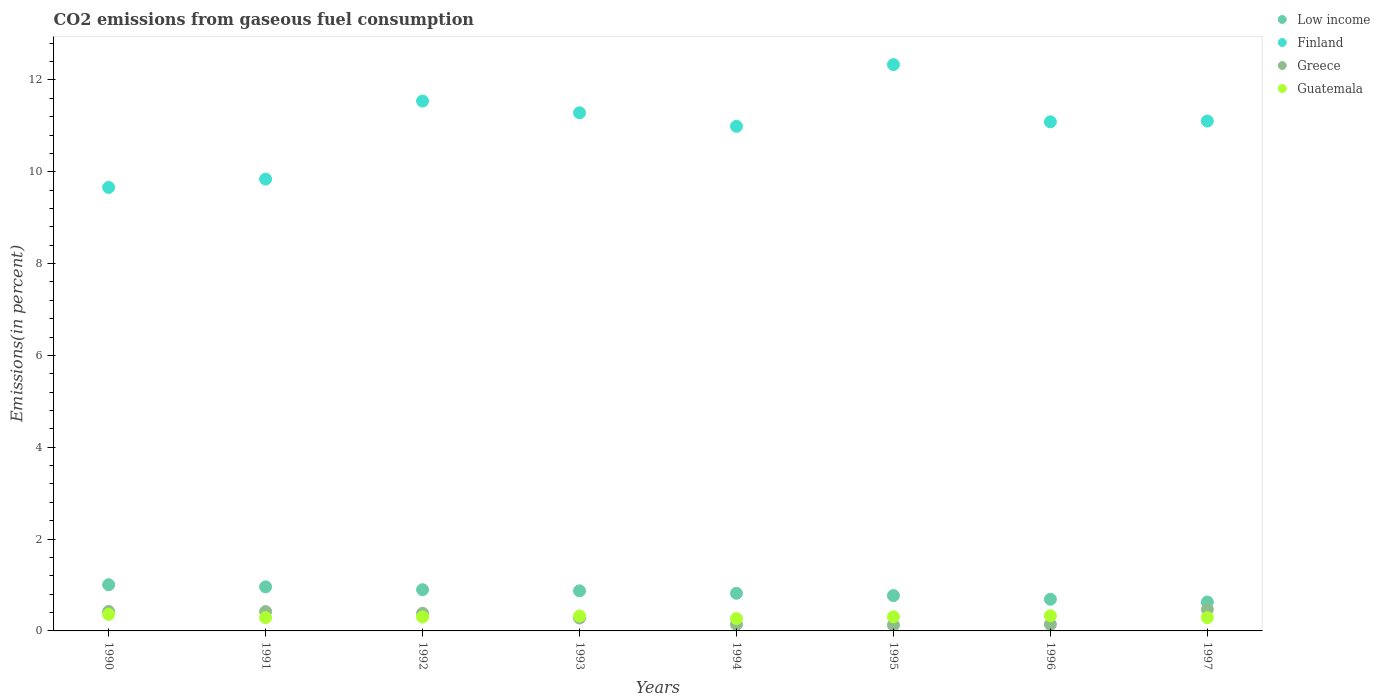
| Years | Low income | Finland | Greece | Guatemala |
 | --- | --- | --- | --- | --- |
 | 1990 | 1.01 | 9.66 | 0.425 | 0.36 |
 | 1991 | 0.959 | 9.84 | 0.421 | 0.29 |
 | 1992 | 0.898 | 11.5 | 0.384 | 0.305 |
 | 1993 | 0.873 | 11.3 | 0.281 | 0.324 |
 | 1994 | 0.82 | 11 | 0.141 | 0.268 |
 | 1995 | 0.769 | 12.3 | 0.126 | 0.307 |
 | 1996 | 0.69 | 11.1 | 0.142 | 0.331 |
 | 1997 | 0.63 | 11.1 | 0.469 | 0.29 |